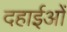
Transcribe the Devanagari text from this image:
दहाईओं